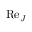
{ \mathrm { R e } } _ { J }